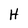
Character: H